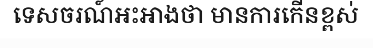
ទេសចរណ៍អះអាងថា មានការកើនខ្ពស់